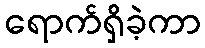
ရောက်ရှိခဲ့ကာ